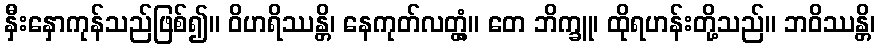
နှီးနှောကုန်သည်ဖြစ်၍။ ဝိဟရိဿန္တိ၊ နေကုတ်လတ္တံ့။ တေ ဘိက္ခူ၊ ထိုရဟန်းတို့သည်။ ဘဝိဿန္တိ၊